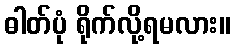
ဓါတ်ပုံ ရိုက်လို့ရမလား။